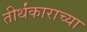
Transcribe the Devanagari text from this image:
तीर्थंकाराच्या